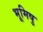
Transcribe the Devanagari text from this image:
भूमिषु